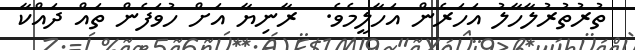
ތުރުތުރުލާހާލު އަހަރެން އަހާލީމެވެ.  ރާނިޔާ އަށް ހުވަފެން ތައް ދައްކާ